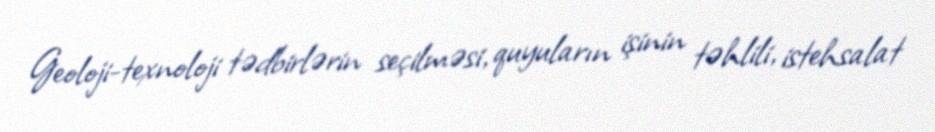
Geoloji-texnoloji tədbirlərin seçilməsi, quyuların işinin təhlili, istehsalat